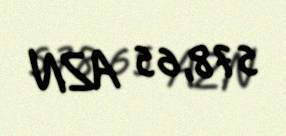
578,65 AZN